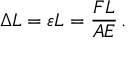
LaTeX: \Delta L = \varepsilon L = { \frac { F L } { A E } } \, .